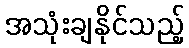
အသုံးချနိုင်သည့်